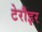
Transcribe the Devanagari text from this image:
टेरौइर